65_HS1-834228961_62-HQ-83894_Section_9
Agency: FBI
Page 100
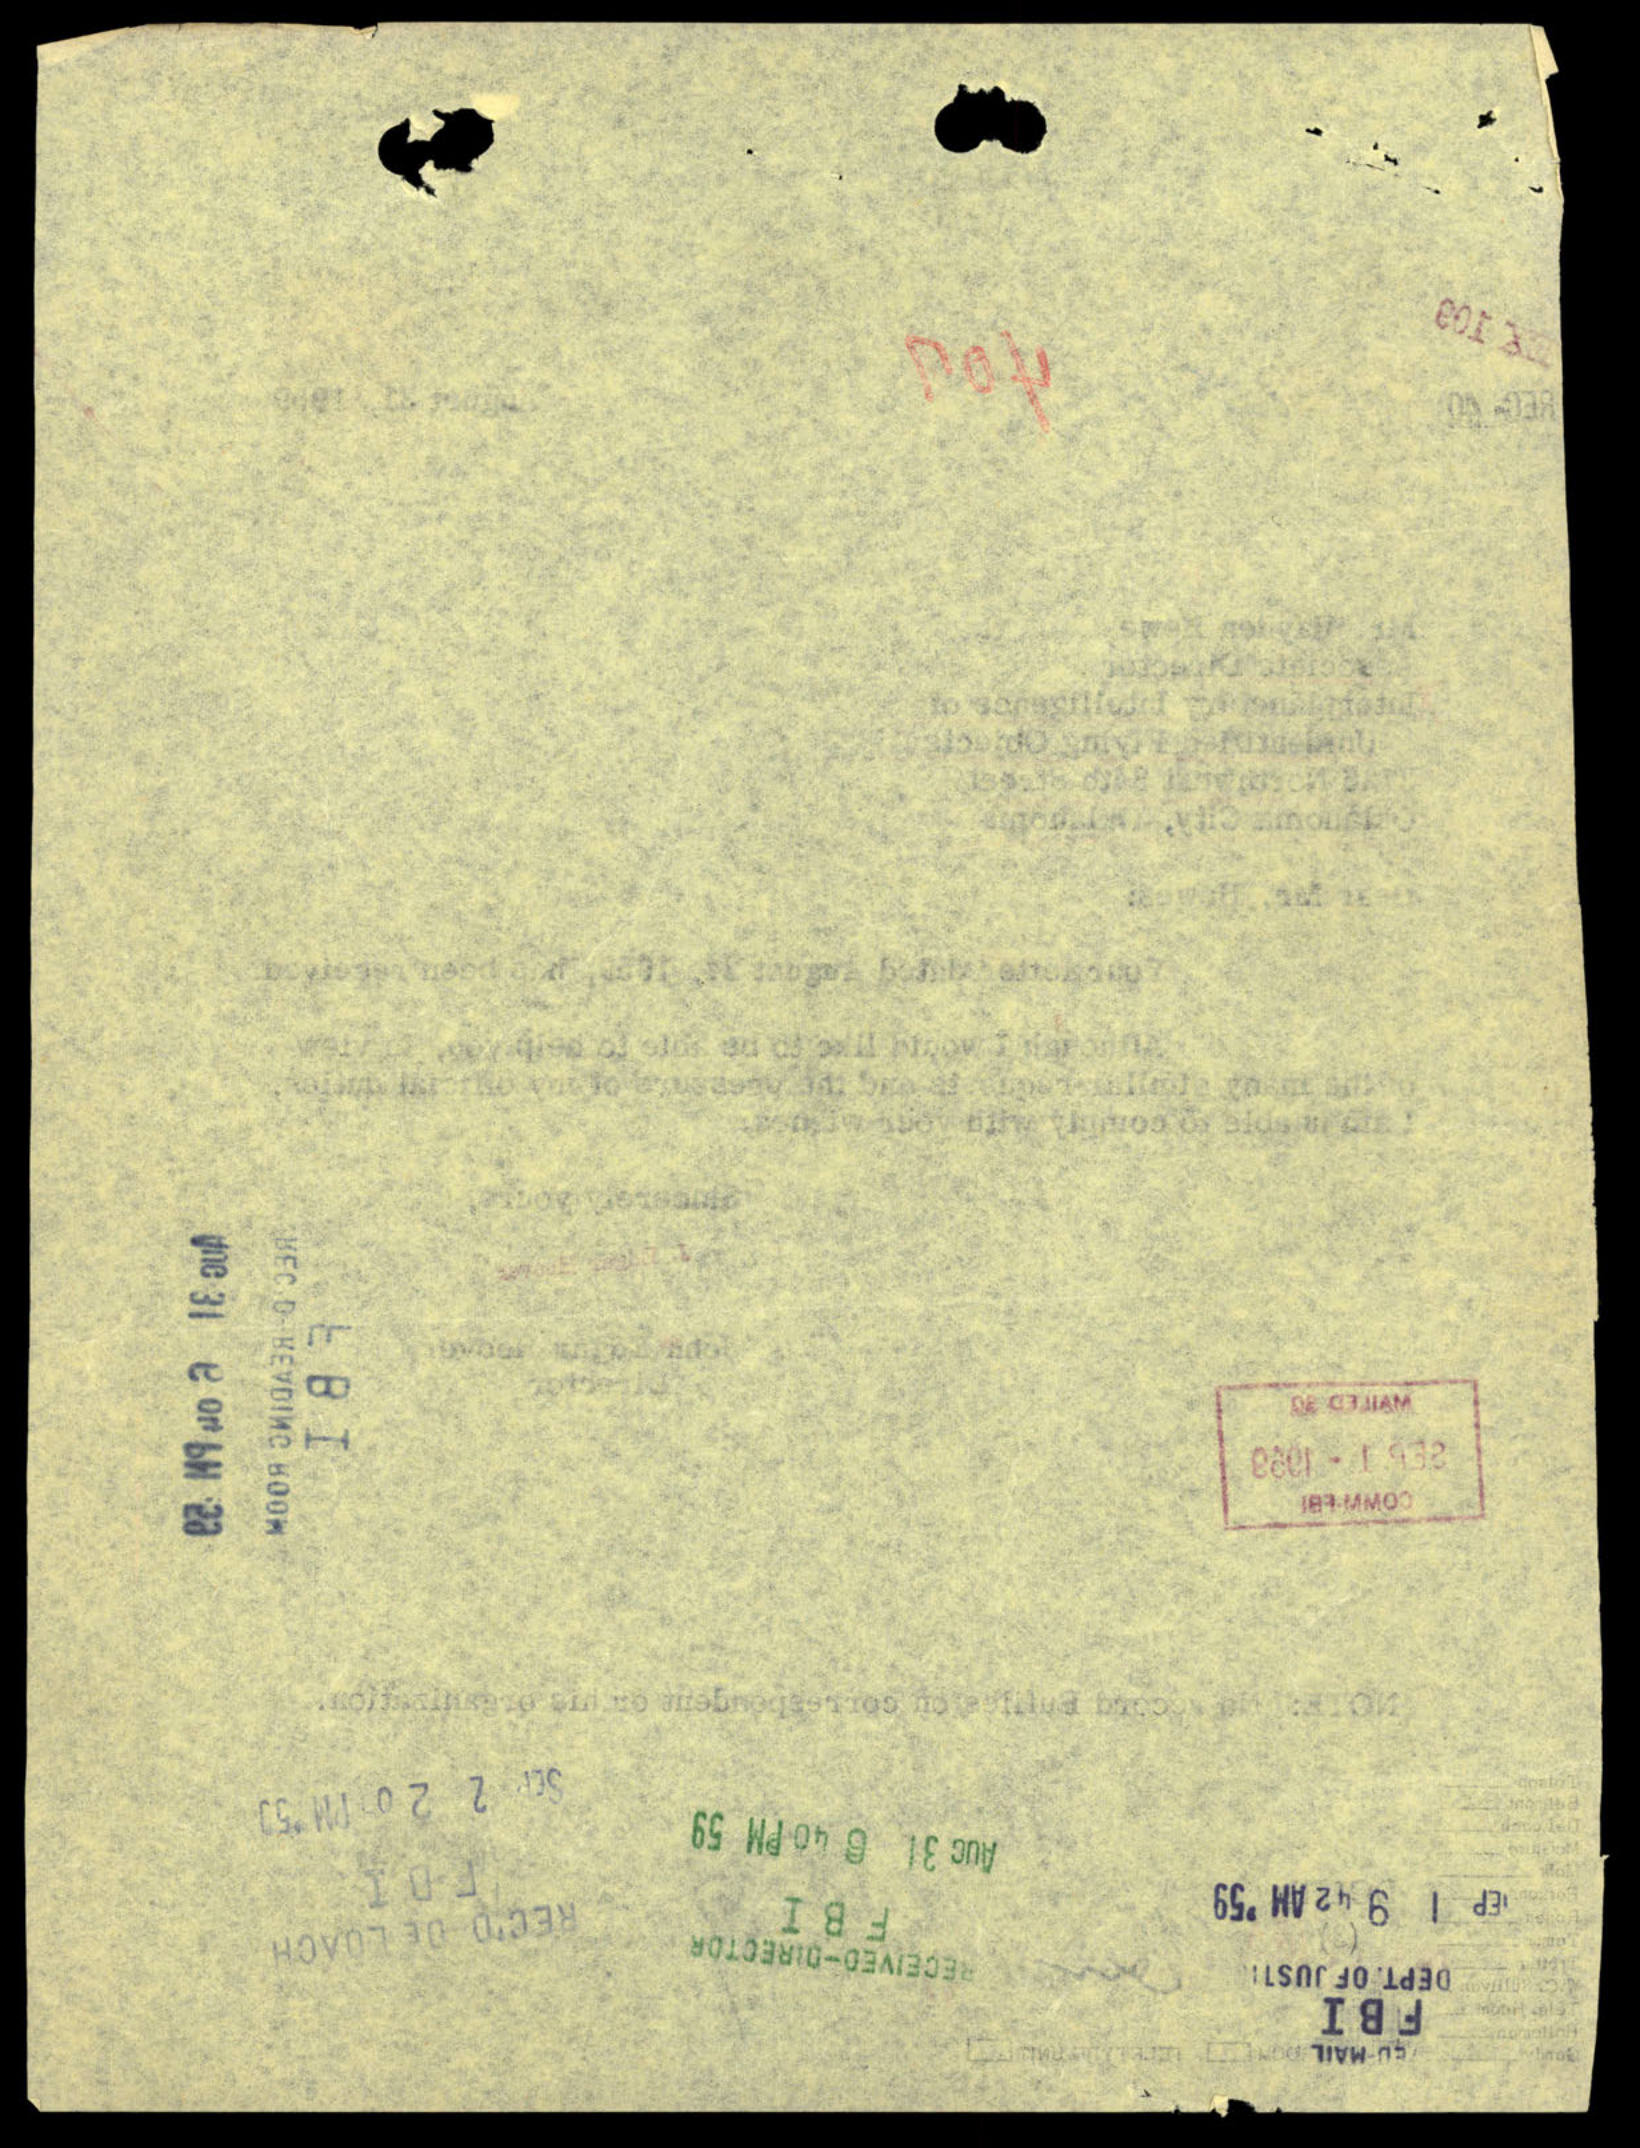